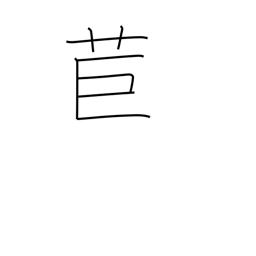
Meaning: torch